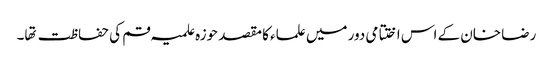
رضا خان کے اس اختتامی دور میں علماء کا مقصد حوزہ علمیہ قم کی حفاظت تها۔